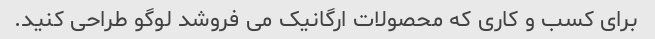
برای کسب و کاری که محصولات ارگانیک می فروشد لوگو طراحی کنید.